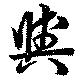
與